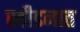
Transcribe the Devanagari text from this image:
स्वीडनात